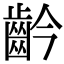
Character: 䶖